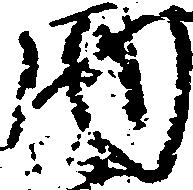
内